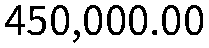
450,000.00